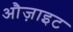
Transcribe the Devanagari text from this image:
औज़ाइट